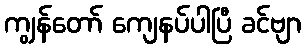
ကျွန်တော် ကျေနပ်ပါပြီ ခင်ဗျာ